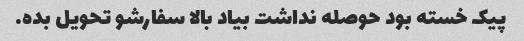
پیک خسته بود حوصله نداشت بیاد بالا سفارشو تحویل بده.